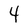
Character: 4